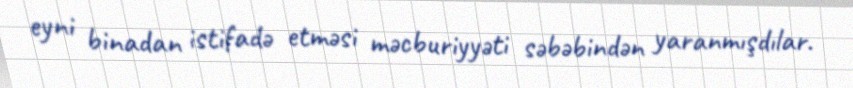
eyni binadan istifadə etməsi məcburiyyəti səbəbindən yaranmışdılar.